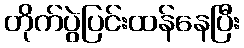
တိုက်ပွဲပြင်းထန်နေပြီး